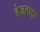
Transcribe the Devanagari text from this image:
बेजबाड़ा